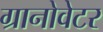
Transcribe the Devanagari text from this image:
ग्रानोवेटर